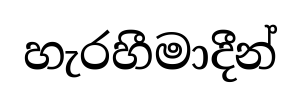
හැරහීමාදීන්